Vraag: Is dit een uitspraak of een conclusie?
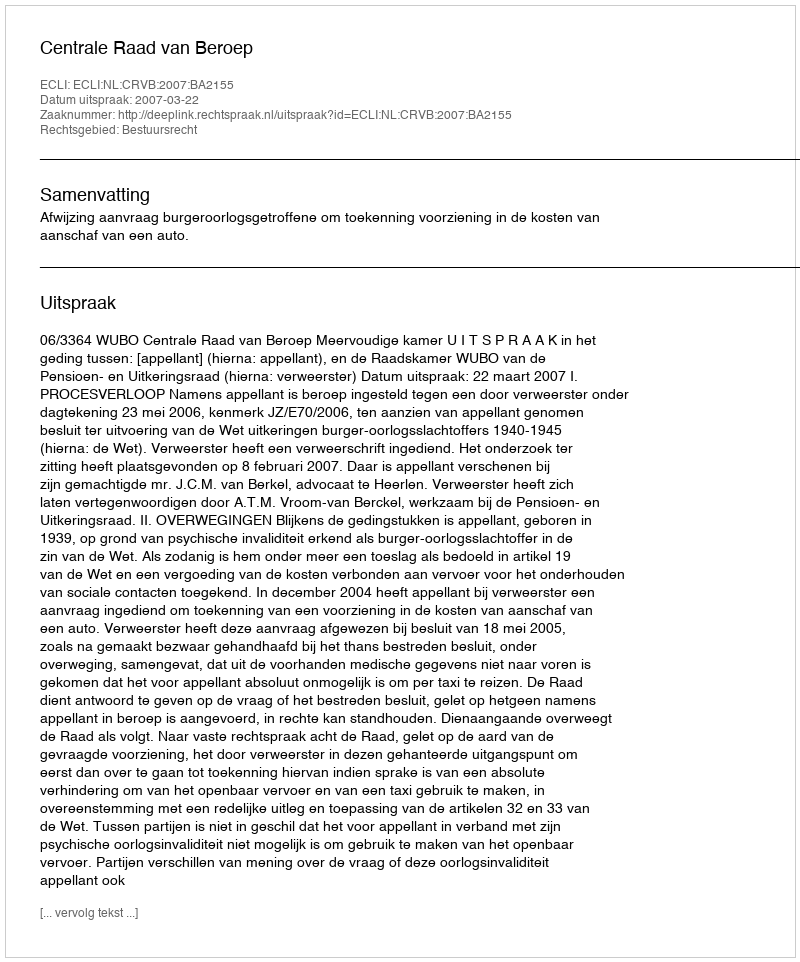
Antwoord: Uitspraak